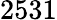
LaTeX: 2531